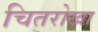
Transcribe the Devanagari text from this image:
चितरोखा